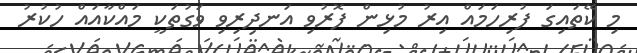
މި ކޭތައިގަ ފުރިހަމައް އިރު މުޅިން ފޮރުވި އަނދިރިވި ވަގުތަކީ މައްކާއައް ހުކުރު